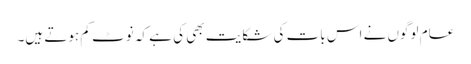
عام لوگوں نے اس بات کی شکایت بھی کی ہے کہ نوٹ کم ہوتے ہیں۔